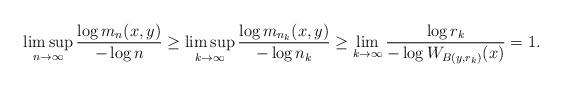
LaTeX: \begin{align*} \limsup_{n\to\infty} {\log m_n(x,y) \over -\log n } \geq \limsup_{k\to\infty} {\log m_{n_k}(x,y) \over -\log n_k } \geq \lim_{k\to\infty}{\log r_k \over -\log W_{B(y,r_k)} (x)}=1.\end{align*}